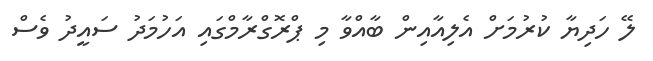
ލޭ ހަދިޔާ ކުރުމަށް އެލިއާއިން ބާއްވާ މި ޕްރޮގްރާމްގައި އަހުމަދު ސައީދު ވެސް